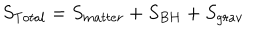
S _ { T o t a l } = S _ { m a t t e r } + S _ { B H } + S _ { g r a v }